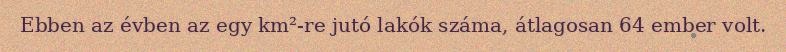
Ebben az évben az egy km²-re jutó lakók száma, átlagosan 64 ember volt.